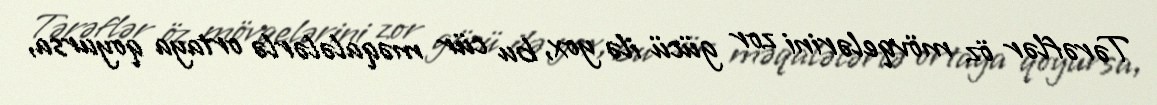
Tərəflər öz mövqelərini zor gücü ilə yox, bu cür məqalələrlə ortaya qoyursa,